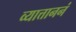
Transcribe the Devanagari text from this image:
व्यात्ताननं